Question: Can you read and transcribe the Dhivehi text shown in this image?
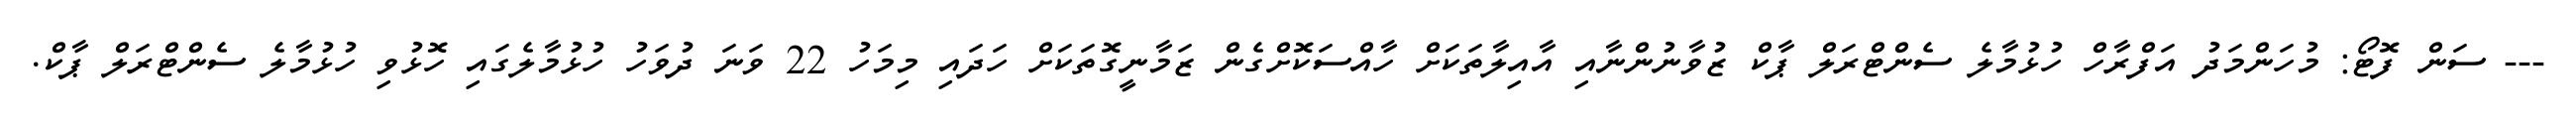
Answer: --- ސަން ފޮޓޯ: މުހަންމަދު އަފްރާހް ހުޅުމާލެ ސެންޓްރަލް ޕާކް ޒުވާނުންނާއި އާއިލާތަކަށް ހާއްސަކޮށްގެން ޒަމާނީގޮތަކަށް ހަދައި މިމަހު 22 ވަނަ ދުވަހު ހުޅުމާލެގައި ހޮޅުވި ހުޅުމާލެ ސެންޓްރަލް ޕާކް.